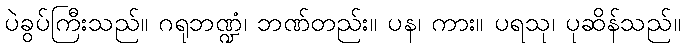
ပဲခွပ်ကြီးသည်။ ဂရုဘဏ္ဍံ၊ ဘဏ်တည်း။ ပန၊ ကား။ ပရသု၊ ပုဆိန်သည်။